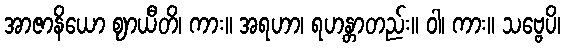
အာဇာနိယော ဈာယီတိ၊ ကား။ အရဟာ၊ ရဟန္တာတည်း။ ဝါ၊ ကား။ သဗ္ဗေပိ၊